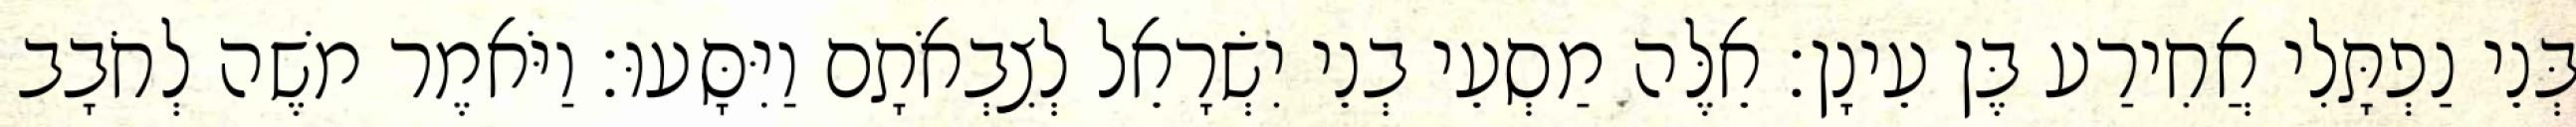
בְּנֵי נַפְתָּלִי אֲחִירַע בֶּן עֵינָן׃ אֵלֶּה מַסְעֵי בְנֵי יִשְׂרָאֵל לְצִבְאֹתָם וַיִּסָּעוּ׃ וַיֹּאמֶר משֶׁה לְחֹבָב